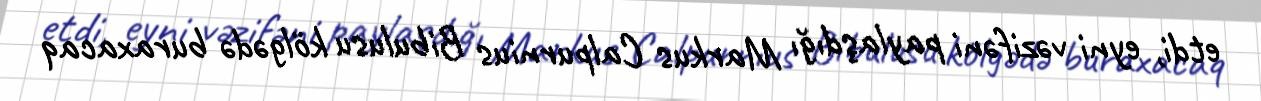
etdi, eyni vəzifəni paylaşdığı Markus Calpurnius Bibulusu kölgədə buraxacaq